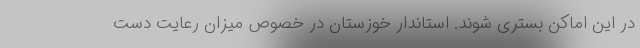
در این اماکن بستری شوند. استاندار خوزستان در خصوص میزان رعایت دست